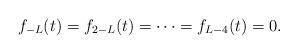
LaTeX: \begin{align*}f_{-L}(t)=f_{2-L}(t)=\cdots =f_{L-4}(t)=0.\end{align*}